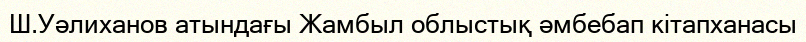
Ш.Уәлиханов атындағы Жамбыл облыстық әмбебап кітапханасы